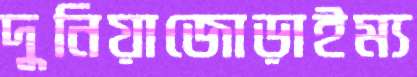
দুনিয়াজোড়াইম্য